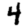
Digit: 4